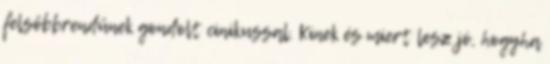
felsőbbrendűnek gondolt cinikussal. Kinek és miert lesz jó, hogyha